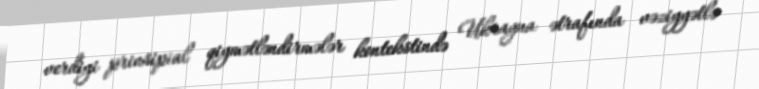
verdiyi prinsipial qiymətləndirmələr kontekstində Ukrayna ətrafında vəziyyətlə